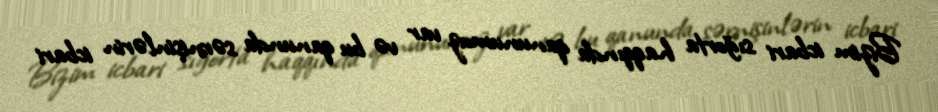
Bizim icbari sığorta haqqında qanunumuz var və bu qanunda sərnişinlərin icbari